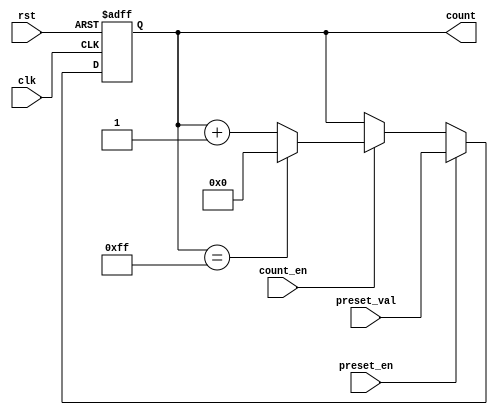
module presettable_counter (
    input wire clk,                 // Clock input
    input wire rst,                 // Asynchronous reset
    input wire preset_en,           // Preset enable input
    input wire [7:0] preset_val,    // Preset value input (8-bit)
    input wire count_en,            // Count enable input
    output reg [7:0] count          // Counter value output (8-bit)
);

    // Parameter for maximum value for wrap around logic
    localparam MAX_COUNT = 8'hFF;  // For an 8-bit counter

    // Asynchronous reset and preset logic
    always @(posedge clk or posedge rst) begin
        if (rst) begin
            count <= 8'b0;           // Reset the counter to 0
        end
        else if (preset_en) begin
            count <= preset_val;      // Load the preset value
        end
        else if (count_en) begin
            if (count == MAX_COUNT) begin
                count <= 8'b0;        // Wrap around to 0 on overflow
            end else begin
                count <= count + 1;   // Increment the counter
            end
        end
    end

endmodule